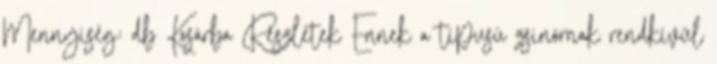
Mennyiség: db Kosárba Részletek Ennek a típusú zsinórnak rendkívül